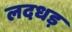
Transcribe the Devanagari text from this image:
लदधड़